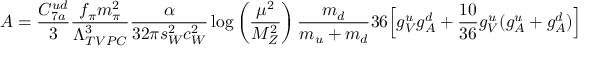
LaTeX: A = { \frac { C _ { 7 a } ^ { u d } } { 3 } } { \frac { f _ { \pi } m _ { \pi } ^ { 2 } } { \Lambda _ { T V P C } ^ { 3 } } } { \frac { \alpha } { 3 2 \pi s _ { W } ^ { 2 } c _ { W } ^ { 2 } } } \log \left( { \frac { \mu ^ { 2 } } { M _ { Z } ^ { 2 } } } \right) { \frac { m _ { d } } { m _ { u } + m _ { d } } } 3 6 \Bigl [ g _ { V } ^ { u } g _ { A } ^ { d } + { \frac { 1 0 } { 3 6 } } g _ { V } ^ { u } ( g _ { A } ^ { u } + g _ { A } ^ { d } ) \Bigr ]